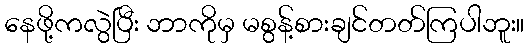
နေဖို့ကလွဲပြီး ဘာကိုမှ မစွန့်စားချင်တတ်ကြပါဘူး။